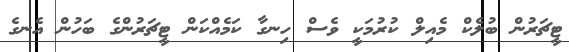
ޓީޗަރުން ބުލެކް މެއިލް ކުރުމަކީ ވެސް ހިނގާ ކަމެއްކަން ޓީޗަރުންގެ ބަހުން އެނގެ